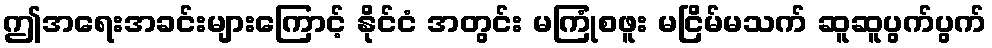
ဤအရေးအခင်းများကြောင့် နိုင်ငံ အတွင်း မကြုံစဖူး မငြိမ်မသက် ဆူဆူပွက်ပွက်